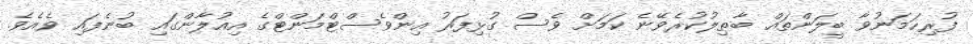
ފުރިހަމަނުވާ ބީލަންތައް ބާޠިލުކުރެވޭނެ ކަމަށް ވެސް ގުޅިފަރު އިންވެސްޓްމަންޓްގެ އިއުލާންގައި ބުނެފައި ވެއެވެ.